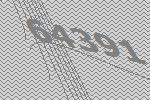
64391